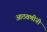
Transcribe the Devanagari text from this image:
आठवणींनी